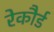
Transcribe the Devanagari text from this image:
रेकौर्ड